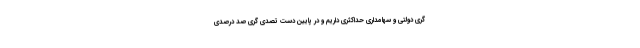
گری دولتی و سهامداری حداکثری داریم و در پایین دست تصدی گری صد درصدی